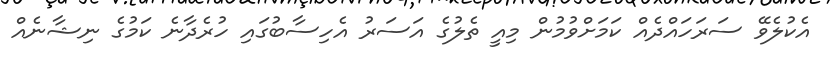
އެކުލެވޭ ސަރަހައްދެއް ކަމަށްވުމުން މިއީ ތެލުގެ އަސަރު އެހިސާބުގައި ހުރެދާނެ ކަމުގެ ނިޝާނެއް